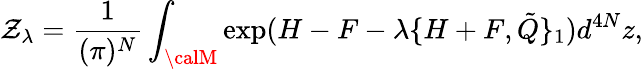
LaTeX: \mathcal{Z}_{\lambda}=\frac{{1}}{{(\pi)^{N}}}\int_{{\calM}}\exp(H-F-\lambda\{ H+F,{\tilde{{Q}}\} _{1}})d^{4N}z,